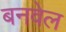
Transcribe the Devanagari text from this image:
बनवेल